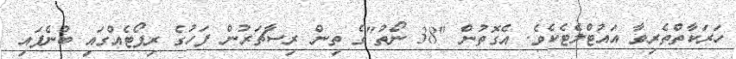
ހަރަކާތްތެރިވާ އައުޓްލެޓެކެވެ. އެގޮތުން "38 ނޯތު"ގެ ތިން ރިސާޗަރުން ފަހުގެ ރިޕޯޓެއްގައި ބުނެފައި